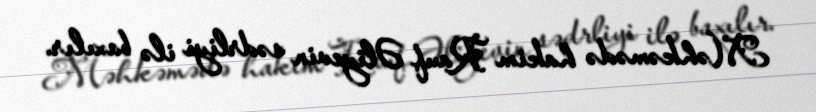
Məhkəmədə hakim Rauf Əliyevin sədrliyi ilə baxılır.